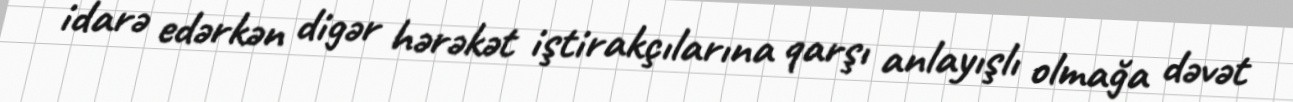
idarə edərkən digər hərəkət iştirakçılarına qarşı anlayışlı olmağa dəvət